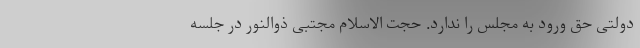
دولتی حق ورود به مجلس را ندارد. حجت الاسلام مجتبی ذوالنور در جلسه